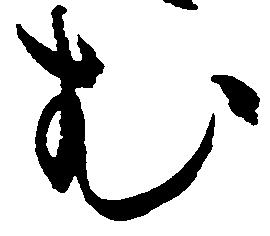
む